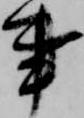
事